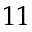
1 1